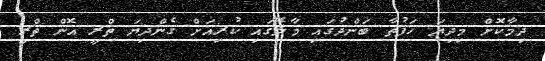
ދިމާކޮށް މިދިޔަ ހަފުތާ ބަންދުގައި މާލޭގައި ކުރިއަށް ގެންދިޔަ ތްރީ އޮން ތްރީ